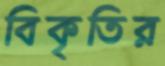
বিকৃতির